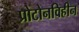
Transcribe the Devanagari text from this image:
प्रोटोनविहीन